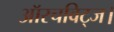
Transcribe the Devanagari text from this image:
ऑस्चविट्ज।